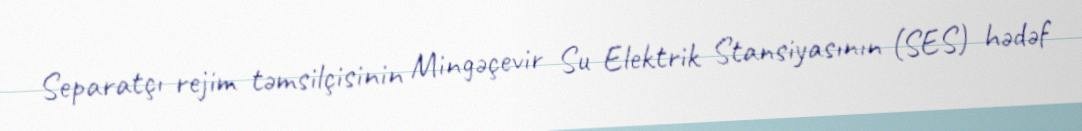
Separatçı rejim təmsilçisinin Mingəçevir Su Elektrik Stansiyasının (SES) hədəf